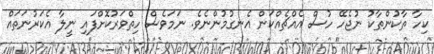
ކިހާ ތާކުންތާކު ނުޖެހޭ ހުސް އެއްޗެއްކަން އެނގުމުންނެވެ. ނަމަވެސް ހިތްވަރުކޮށްފައި ނީލާ އެކަރުނަތައް